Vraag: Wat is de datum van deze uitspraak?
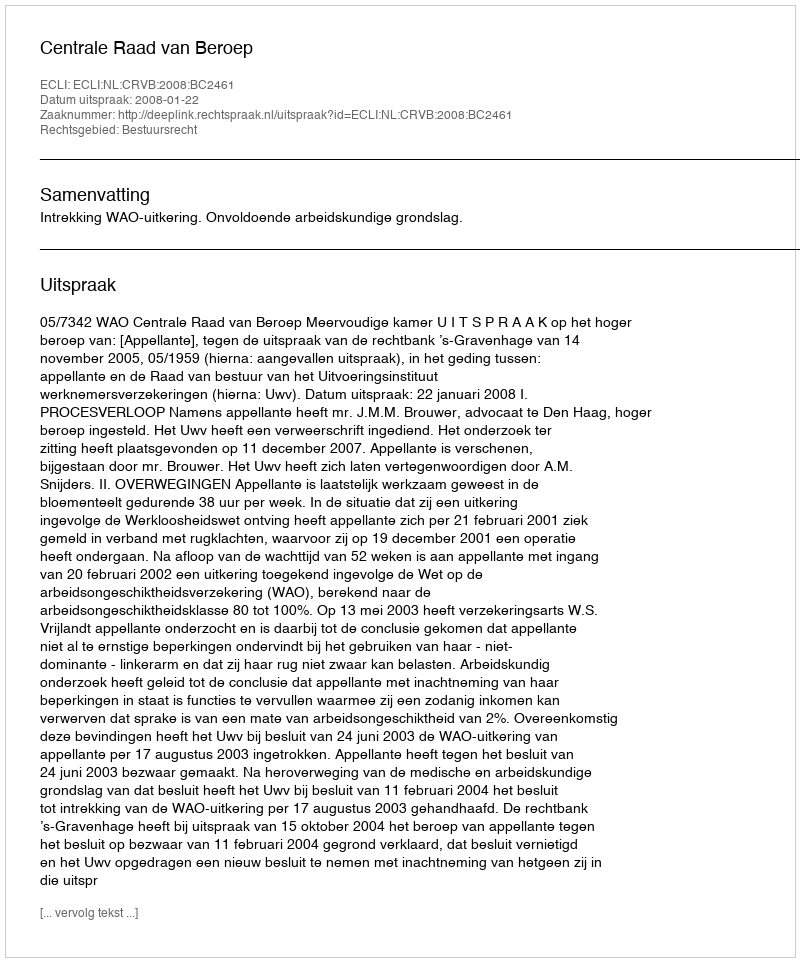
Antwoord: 2008-01-22